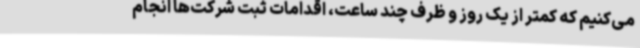
می‌کنیم که کمتر از یک روز و ظرف چند ساعت‌، اقدامات ثبت شرکت‌ها انجام